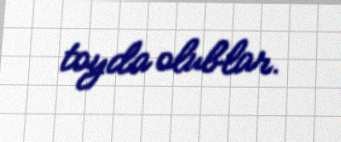
toyda olublar.